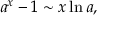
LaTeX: a ^ { x } - 1 \sim x \ln a ,